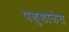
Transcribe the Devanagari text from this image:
पशुशाळेत